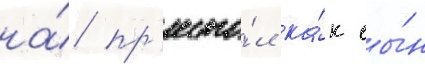
на́ пр'есто́л ка́к сы́н